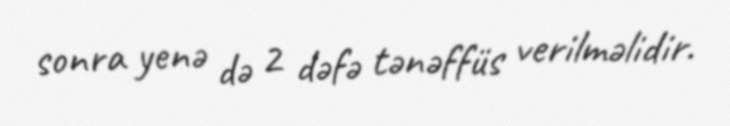
sonra yenə də 2 dəfə tənəffüs verilməlidir.